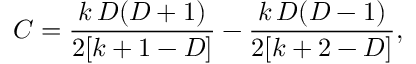
C = \frac { k \, D ( D + 1 ) } { 2 [ k + 1 - D ] } - \frac { k \, D ( D - 1 ) } { 2 [ k + 2 - D ] } ,